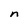
Character: n